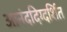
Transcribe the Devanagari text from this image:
आनंददिग्दर्शित